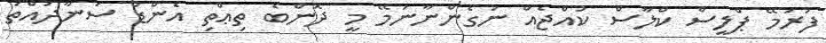
ފުރަމޭ ޕްލީސް ކްލާސް ކުއްޖެއް ނުގެންނާނަމޭ މީ ދޮންބެ ތިޢްތި އެންޑް ސަނާދައްތަ